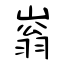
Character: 嵡